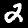
Digit: 2